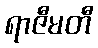
ရာဇီမတီ